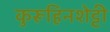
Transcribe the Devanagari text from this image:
कुरूहिनशेट्टी